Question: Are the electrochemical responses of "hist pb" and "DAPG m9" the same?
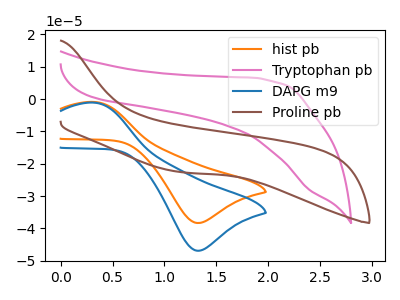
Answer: <think>The orange curve "hist pb" has an anodic peak at (0.35V, -0.95uA) and a cathodic peak at (1.30V, -38.30uA). The pink curve "Tryptophan pb" has no peaks. The blue curve "DAPG m9" has an anodic peak at (0.35V, -1.15uA) and a cathodic peak at (1.30V, -46.85uA). The brown curve "Proline pb" has no peaks.
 All the peaks in "hist pb" have a peak in "DAPG m9" at the same potential.</think>
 <answer>"hist pb" and "DAPG m9" are similar in shape.</answer>
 <eval>same_shape</eval>